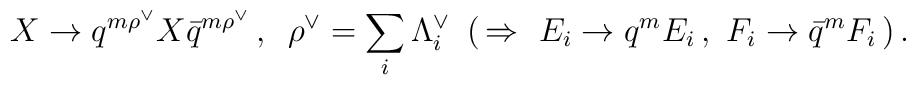
X\to q^{m{\rho}^{\vee}}X{\bar q}^{m{\rho}^{\vee}}\,,\,\,\,{\rho}^{\vee}=\sum_i {\Lambda}^{\vee}_i\,\,\,(\,\Rightarrow\,\,E_i\to q^mE_i\,,\,\,F_i\to {\bar q}^mF_i\,)\,.